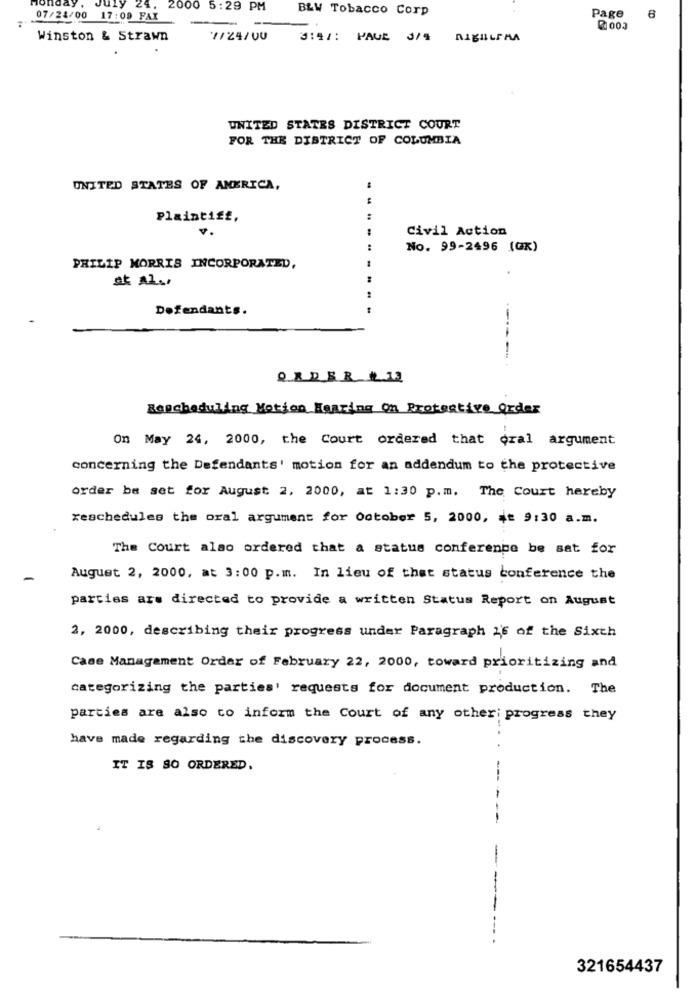
lady
July
24
2000 5:29 PM
B&W Tobacco Corp
07/24/00 17:09 FAX
Page
6
Winston & Strawn
7/24/00
3:41: PAUE J/4 nigULM
UNITED STATES DISTRICT COURT
FOR THE DISTRICT OF COLUMBIA
UNITED STATES OF AMERICA,
Plaintiff,
....
Civil Action
No. 99-2496 (Gx)
PHILIP MORRIS INCORPORATED,
et Al .,
Defendants.
--
ORDER #13
Rescheduling Motion Hearing On Protective Order
On May 24, 2000, the Court ordered that oral argument
concerning the Defendants' motion for an addendum to the protective
order be set for August 2, 2000, at 1:30 p.m. The Court hereby
zeschedules the oral argument for October 5, 2000, $= 9:30 a.m.
The Court also ordered that a status conference be sat for
August 2, 2000, at 3:00 p.m. In lieu of that status conference the
parties are directed to provide a written Status Report on August
2, 2000, describing their progress under Paragraph 26 of the Sixth
Case Management Order of February 22, 2000, toward prioritizing and
categorizing the parties' requests for document production. The
parties are also to inform the Court of any other; progress they
have made regarding the discovery process.
IT IS SO ORDERED.
-
321654437